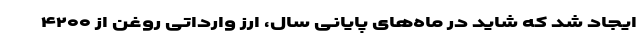
ایجاد شد که شاید در ماه‌های پایانی سال، ارز وارداتی روغن از ۴۲۰۰